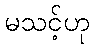
မသင့်ဟု